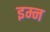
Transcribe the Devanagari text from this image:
इम्न